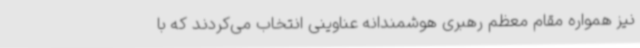
نیز همواره مقام معظم رهبری هوشمندانه عناوینی انتخاب می‌کردند که با